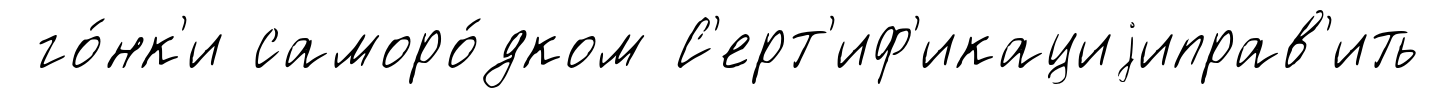
го́нк'и саморо́дком С'ерт'иф'икациjиправ'ить